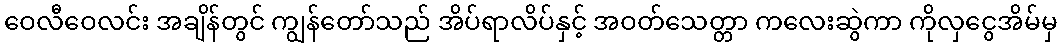
ဝေလီဝေလင်း အချိန်တွင် ကျွန်တော်သည် အိပ်ရာလိပ်နှင့် အဝတ်သေတ္တာ ကလေးဆွဲကာ ကိုလှငွေအိမ်မှ